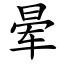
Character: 晕